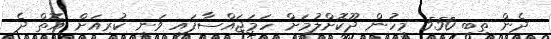
ދެން ތިބި 550 މީހުން ދޫކޮށްލުމަށް ހަމަޖައްސާފައި ވަނީ ކުރިއަށް އޮތް ދެ